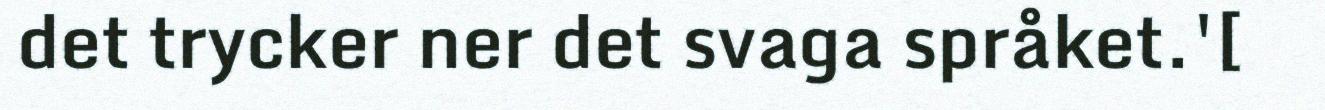
det trycker ner det svaga språket.'[